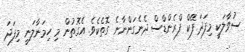
ސުވާލަކީ މިފަދަ ފޭކް ފްރެންޑްސް ދެނެގަންނާނެ ގޮތެކެވެ. އެގޮތުން މި ހިމަނާލަނީ މިފަދަ